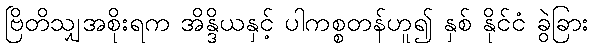
ဗြိတိသျှအစိုးရက အိန္ဒိယနှင့် ပါကစ္စတန်ဟူ၍ နှစ် နိုင်ငံ ခွဲခြား